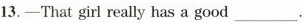
13.—That girl really has a good ___.